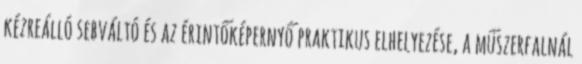
kézreálló sebváltó és az érintőképernyő praktikus elhelyezése, a műszerfalnál